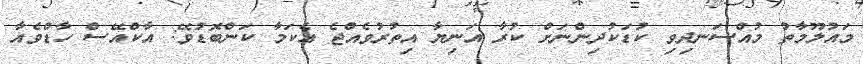
މައުލޫމާތު މުއްސަނދިވި ކުޑަކުދިންނަށް ކުރާ އަނިޔާ އިތުރުވެއްޖެ އެކަމާ ކަންބޮޑުވޭ: އާކްއޭސް ހާޑްވެއާ